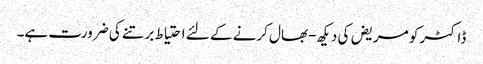
ڈاکٹر کو مریض کی دیکھ-بھال کرنے کے لئے احتیاط برتنے کی ضرورت ہے۔